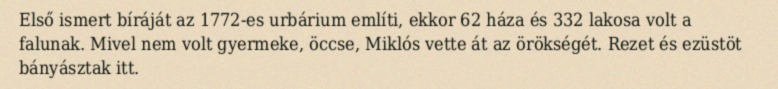
Első ismert bíráját az 1772-es urbárium említi, ekkor 62 háza és 332 lakosa volt a falunak. Mivel nem volt gyermeke, öccse, Miklós vette át az örökségét. Rezet és ezüstöt bányásztak itt.